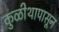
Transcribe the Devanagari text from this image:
कुळीथापासून